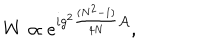
W \propto e ^ { i g ^ { 2 } { \frac { ( N ^ { 2 } - 1 ) } { 4 N } } { \cal A } } ,